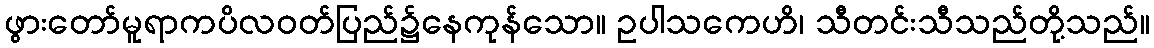
ဖွားတော်မူရာကပိလဝတ်ပြည်၌နေကုန်သော။ ဥပါသကေဟိ၊ သီတင်းသီသည်တို့သည်။